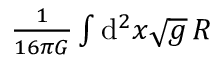
\textstyle { \frac { 1 } { 1 6 \pi G } } \int \mathrm { d } ^ { 2 } x { \sqrt { g } } \, R